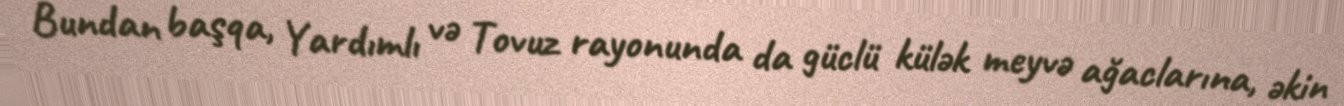
Bundan başqa, Yardımlı və Tovuz rayonunda da güclü külək meyvə ağaclarına, əkin